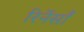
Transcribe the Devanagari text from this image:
रिनेंसाँ